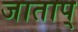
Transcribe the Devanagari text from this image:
जाताप्